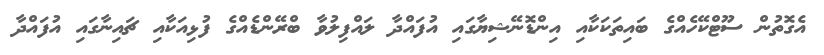
އެގޮތުން ސޫޓްކޭހެއްގެ ބައިތަކަކާއި އިންޑޮނޭޝިޔާގައި އުފައްދާ ލައްފިލުވާ ބްރޭންޑެއްގެ ފުޅިއަކާއި ޗައިނާގައި އުފައްދާ